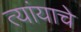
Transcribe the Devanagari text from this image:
त्यांयाचे